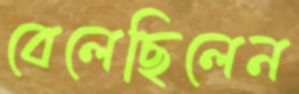
বেলেছিলেন